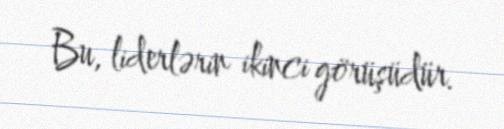
Bu, liderlərin ikinci görüşüdür.